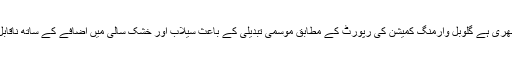
دنیا کی سلامتی کو درپیش خطرات میں موسمی تبدیلی بڑے خطرے کے طور پر ابھری ہے گلوبل وارمنگ کمیشن کی رپورٹ کے مطابق موسمی تبدیلی کے باعث سیلاب اور خشک سالی میں اضافے کے ساتھ ناقابل اعتبار، متضاد موسم انسانی رہن سہن اور فصلوں کی تباہی کا باعث ہو سکتے ہیں۔